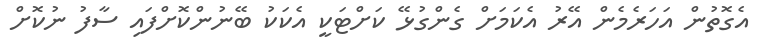
އެގޮތުން އަހަރެމެން އޭރު އެކަމަށް ގެންގުޅޭ ކަށްޓަކީ އެކަކު ބޭނުންކޮށްފައި ސާފު ނުކޮށް